Bréfritari: Sigríður Guðmundsdóttir
Viðtakandi: Jón Borgfirðings Jónsson
Dagsetning: A-1858-07-23
Skrifað á: Reykjavík  Gull.

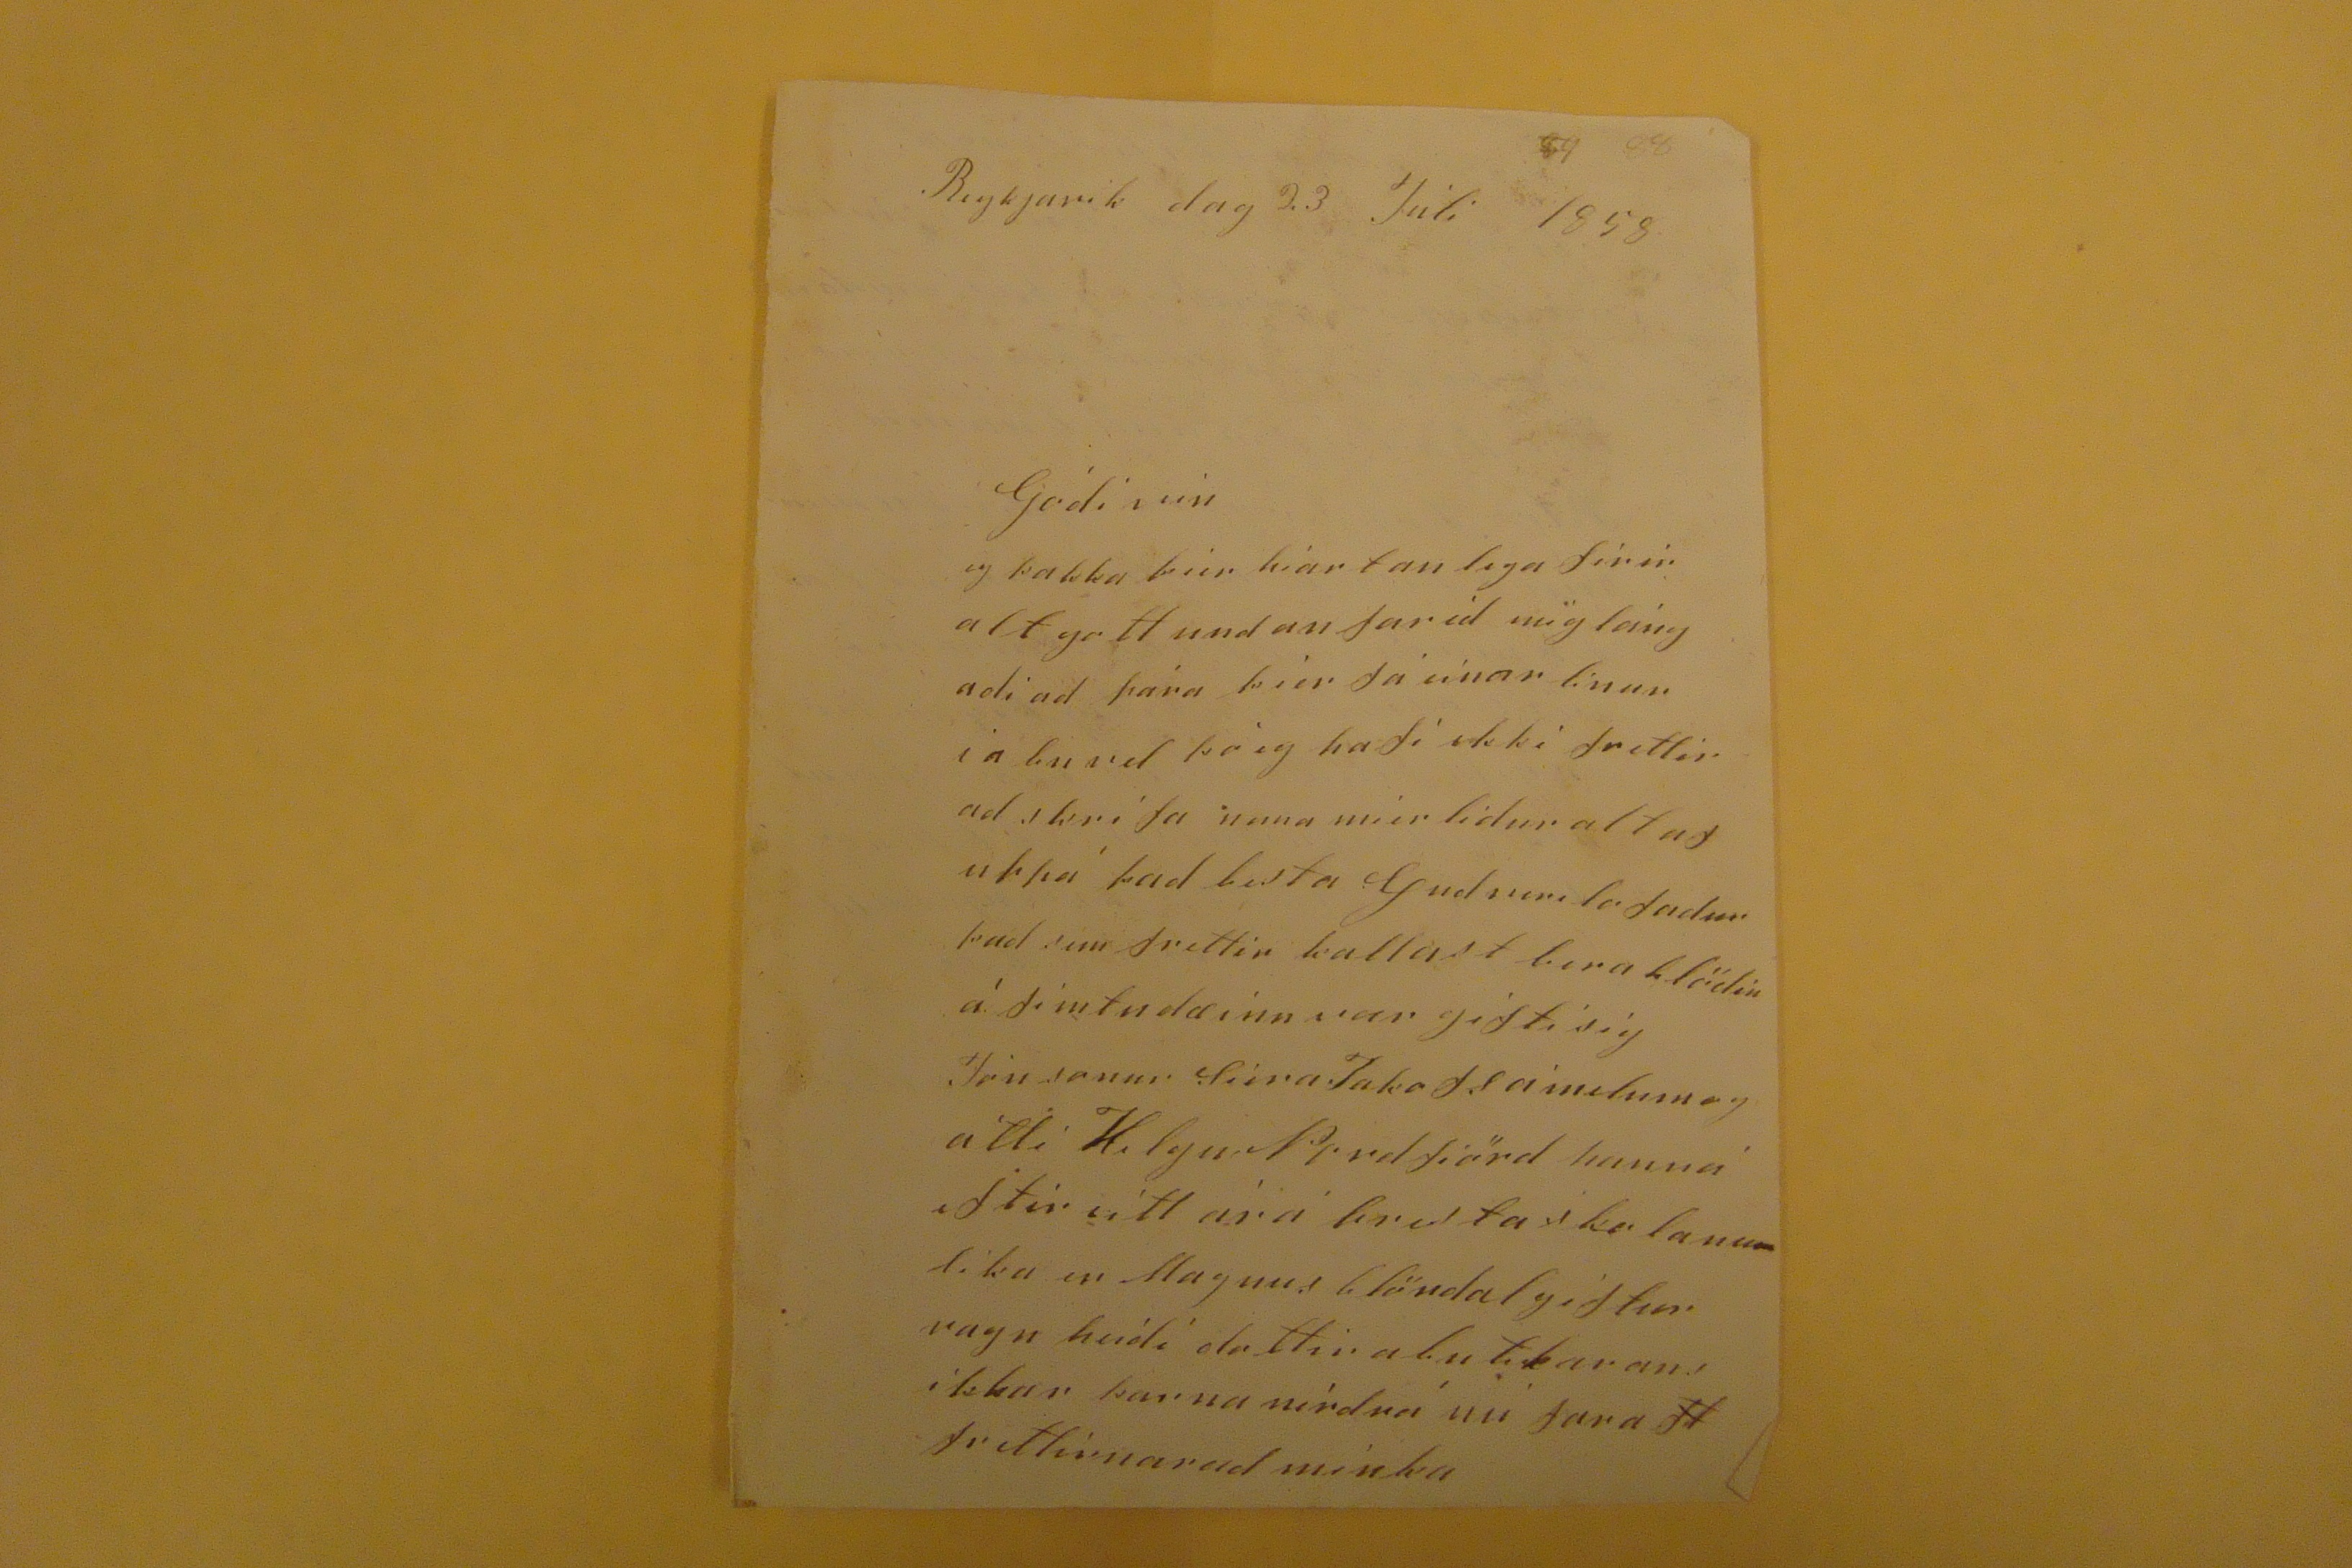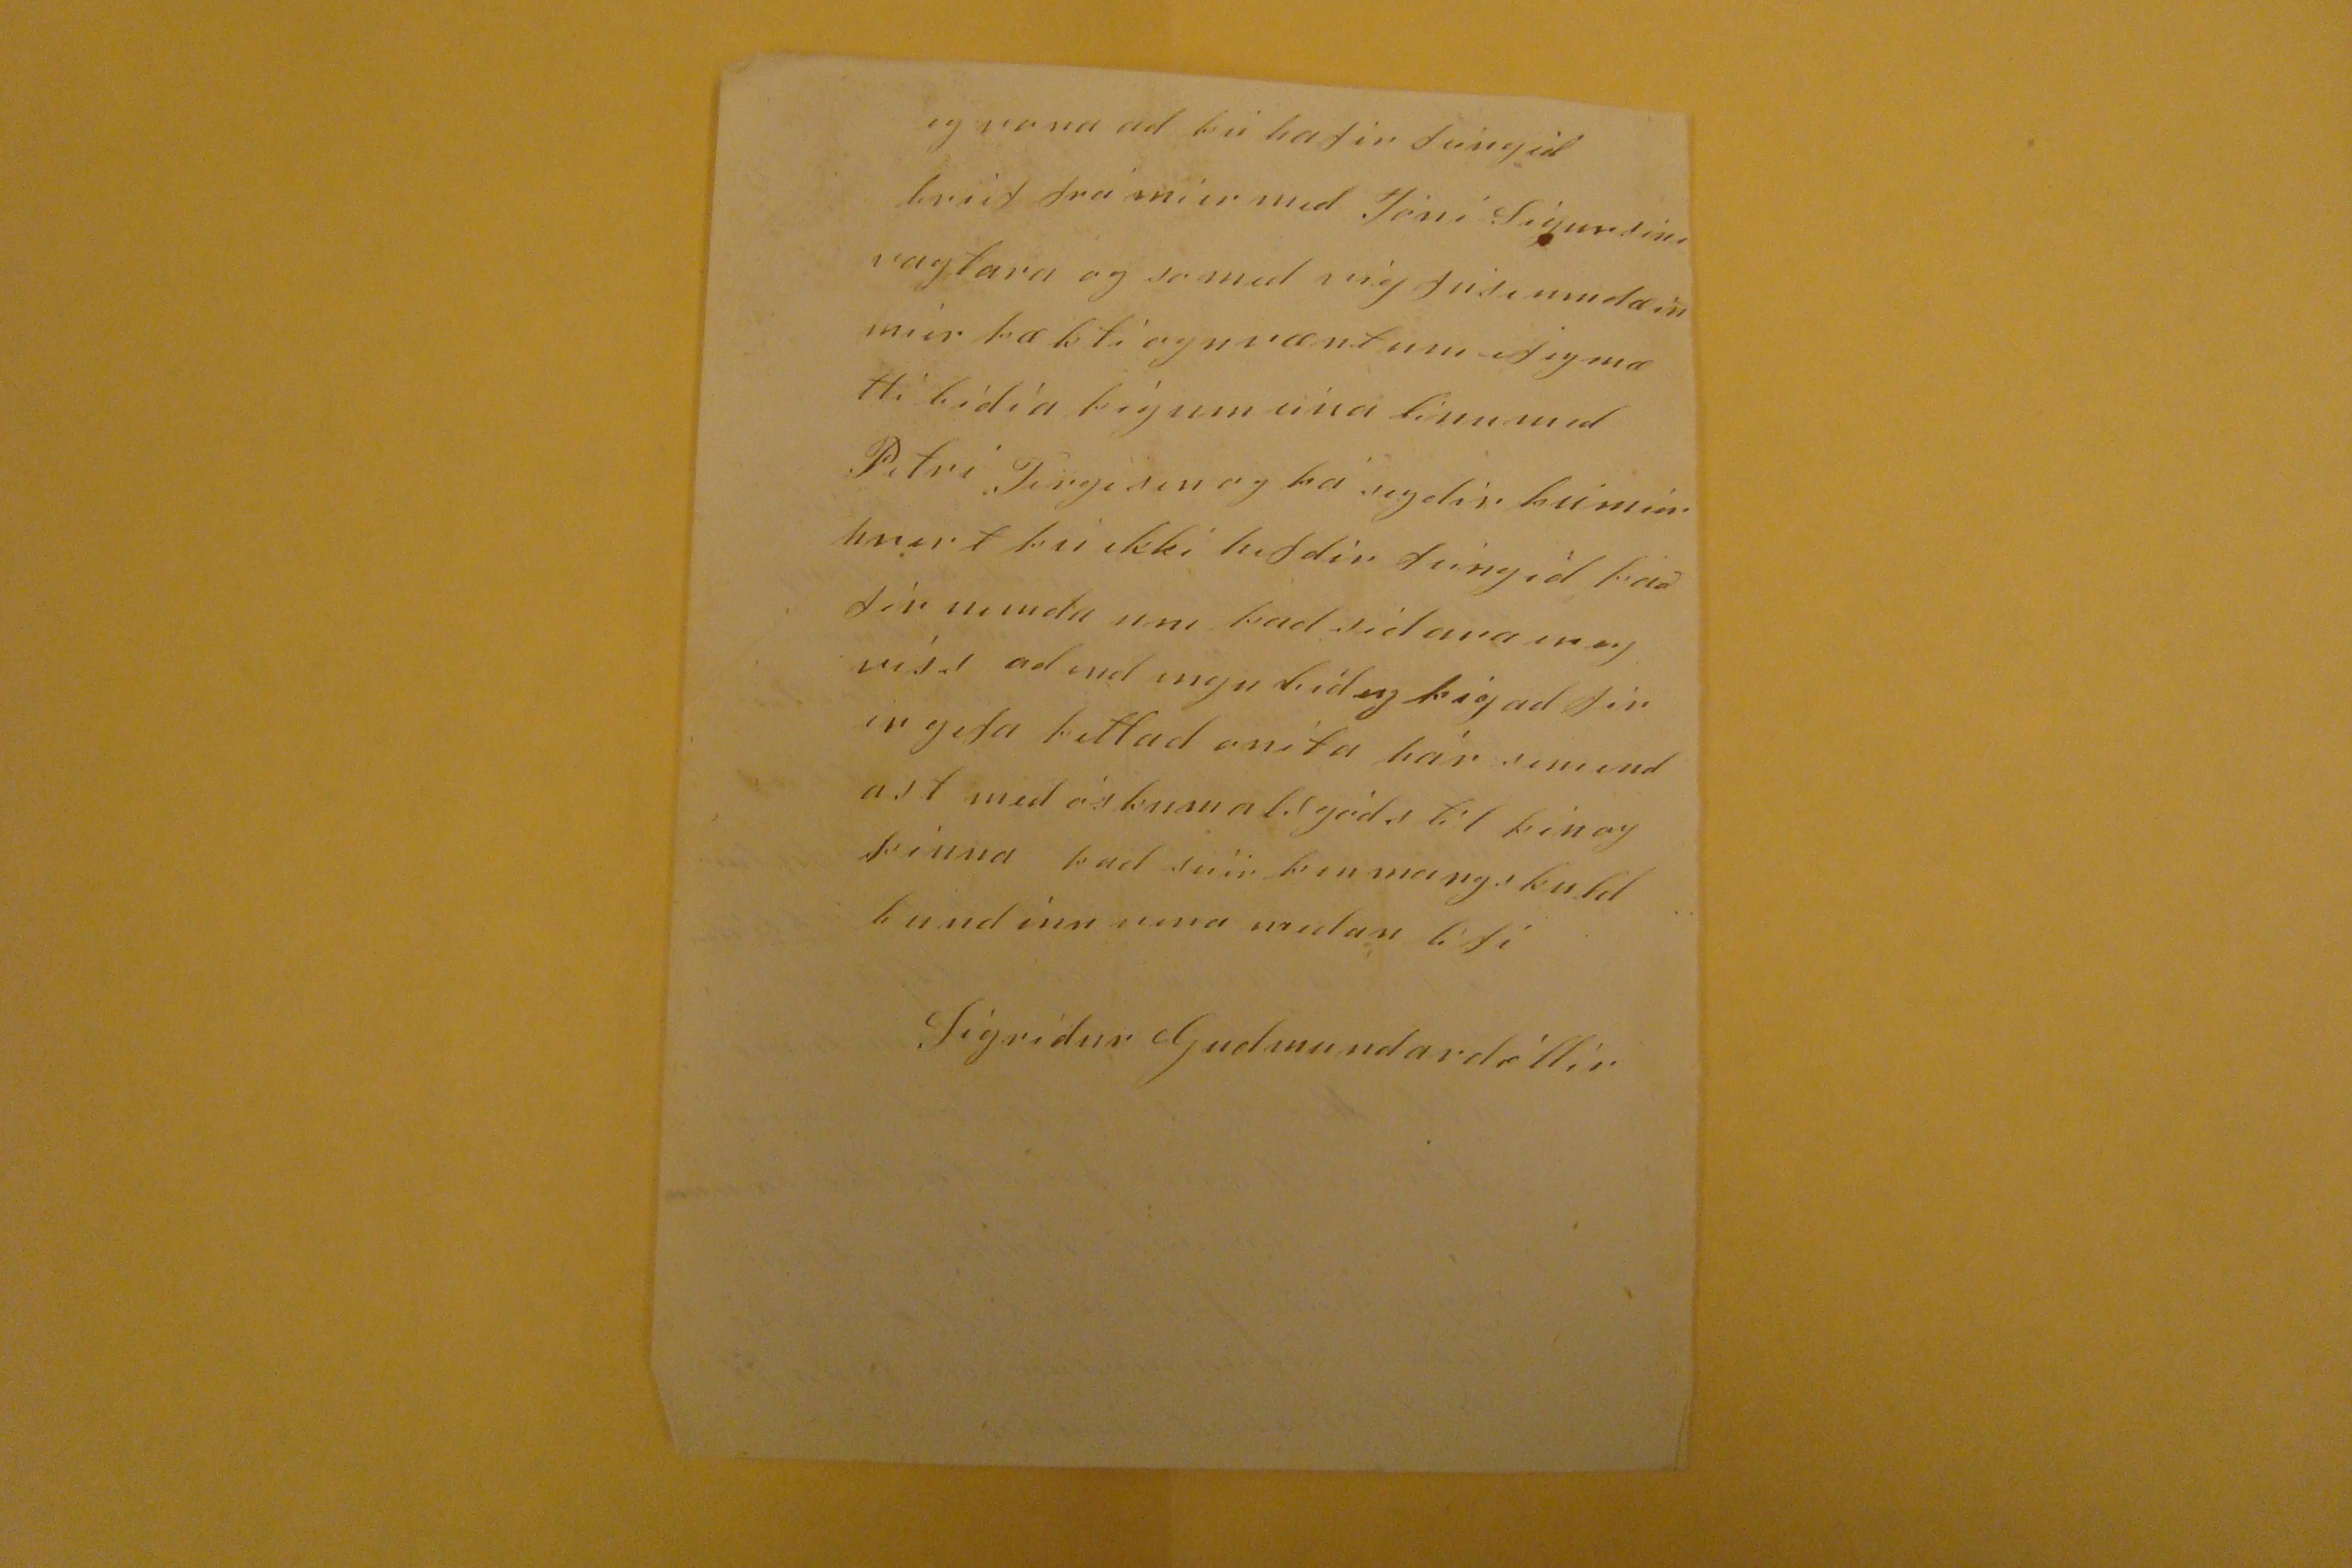

Reykjavik dag 23 Júli 1858
Gódi vin
eg þakka þier hiartanlega firir alt gott undan farid mig lángadi ad para þier fá einar linur i a burd þó eg hafi ekki frettir ad skrifa nuna mier lidur alt af uppá þad besta
Gud veri lofadur
þad sem frettir kallast bara
blödin
á fimtudæinn var gifti sig Jón sonur Siera
Jakofs a melum
og átti Helgu Nordfiörd hanná eftir eitt ár á
brúta ska launum
lika er Magnus blöndal giftur ragn heidi dottir
abutikarans
ikkur þarna nídrá nú fara
fl
frettirnarad minka
eg vona ad þú hafir feingid brief frá mier med Jóni Sigursini vagtara og somed mig
feisi umdæin
mier þækti ognvæntum ef eg mætti bidia þig um eina linu med Petri
Tergesen
og þa segdir þú mier hvert þú ekki hefdir feingið það fir mendu um þad sidara en eg víss ad
end ingu
bid eg þig ad firir gefa þettad onita pár sem endast med óskumalsgóds til þin og þinna þad
snir peninangskuld
bundinn
nena medan lifi
Sigrídur Gudmundardóttir